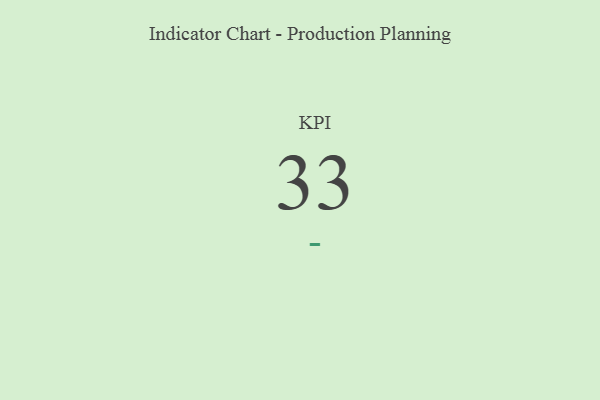
{"axis": {"x": "KPI", "y": "Value"}, "legend": [""], "data": [{"x": "KPI", "y": 33, "type": ""}]}